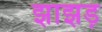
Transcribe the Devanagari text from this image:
झाझड़